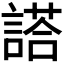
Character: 𬢿